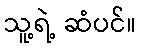
သူ့ရဲ့ ဆံပင်။